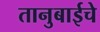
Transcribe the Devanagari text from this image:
तानुबाईचे